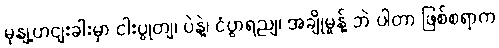
မုနျ့ဟငျးခါးမှာ ငါးပွုတျ၊ ပဲနဲ့၊ ငံပွာရညျ၊ အချိုမှုန့် ဘဲ ပါတာ ဖြစ်စရာက